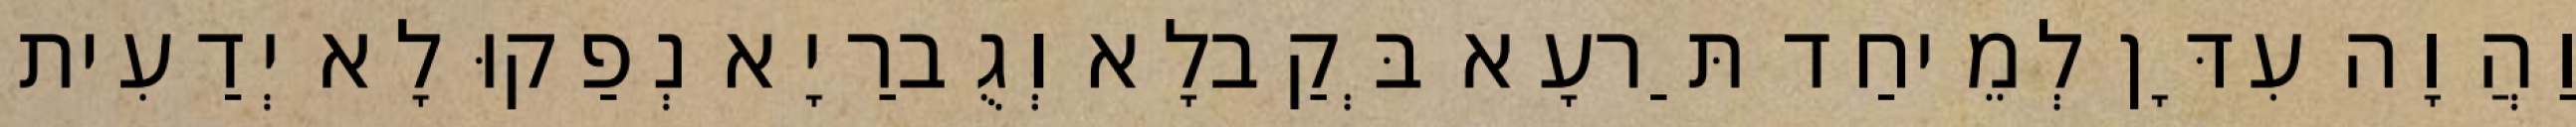
וַהֲוָה עִדָּן לְמֵיחַד תַּרעָא בְּקַבלָא וְגֻברַיָא נְפַקוּ לָא יְדַעִית